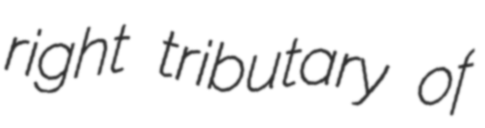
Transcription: right tributary of